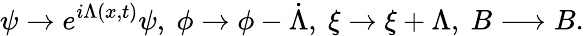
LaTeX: \psi\rightarrow e^{i\Lambda(x,t)}\psi,~\phi\rightarrow\phi-\dot{\Lambda},~\xi\rightarrow\xi+\Lambda,~B\longrightarrow B.